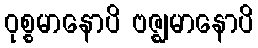
ဝုစ္စမာနောပိ ဗဇ္ဈမာနောပိ